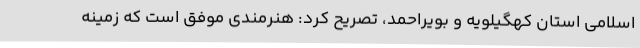
اسلامی استان کهگیلویه و بویراحمد، تصریح کرد: هنرمندی موفق است که زمینه